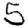
Digit: 5